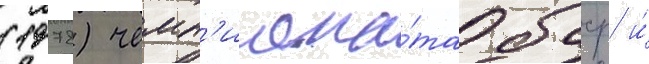
(1978) чемп'иона́та бсср и́